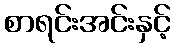
စာရင်းအင်းနှင့်